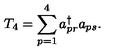
T _ { 4 } = \sum _ { p = 1 } ^ { 4 } a _ { p r } ^ { \dagger } a _ { p s } .